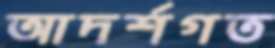
আদর্শগত